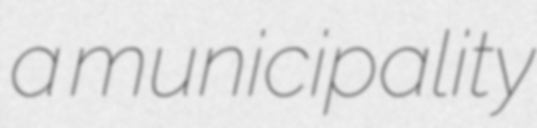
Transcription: a municipality